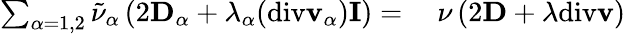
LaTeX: \begin{array}{rl}{\sum_{\alpha=1,2}\tilde{\nu}_{\alpha}\left(2\mathbf{D}_{\alpha}+\lambda_{\alpha}(\mathrm{div}\mathbf{v}_{\alpha})\mathbf{I}\right)=}&{{}~\nu\left(2\mathbf{D}+\lambda\mathrm{div}\mathbf{v}\right)}\end{array}